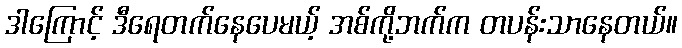
ဒါကြောင့် ဒီရေတက်နေပေမယ့် အစ်ကို့ဘက်က တပန်းသာနေတယ်။